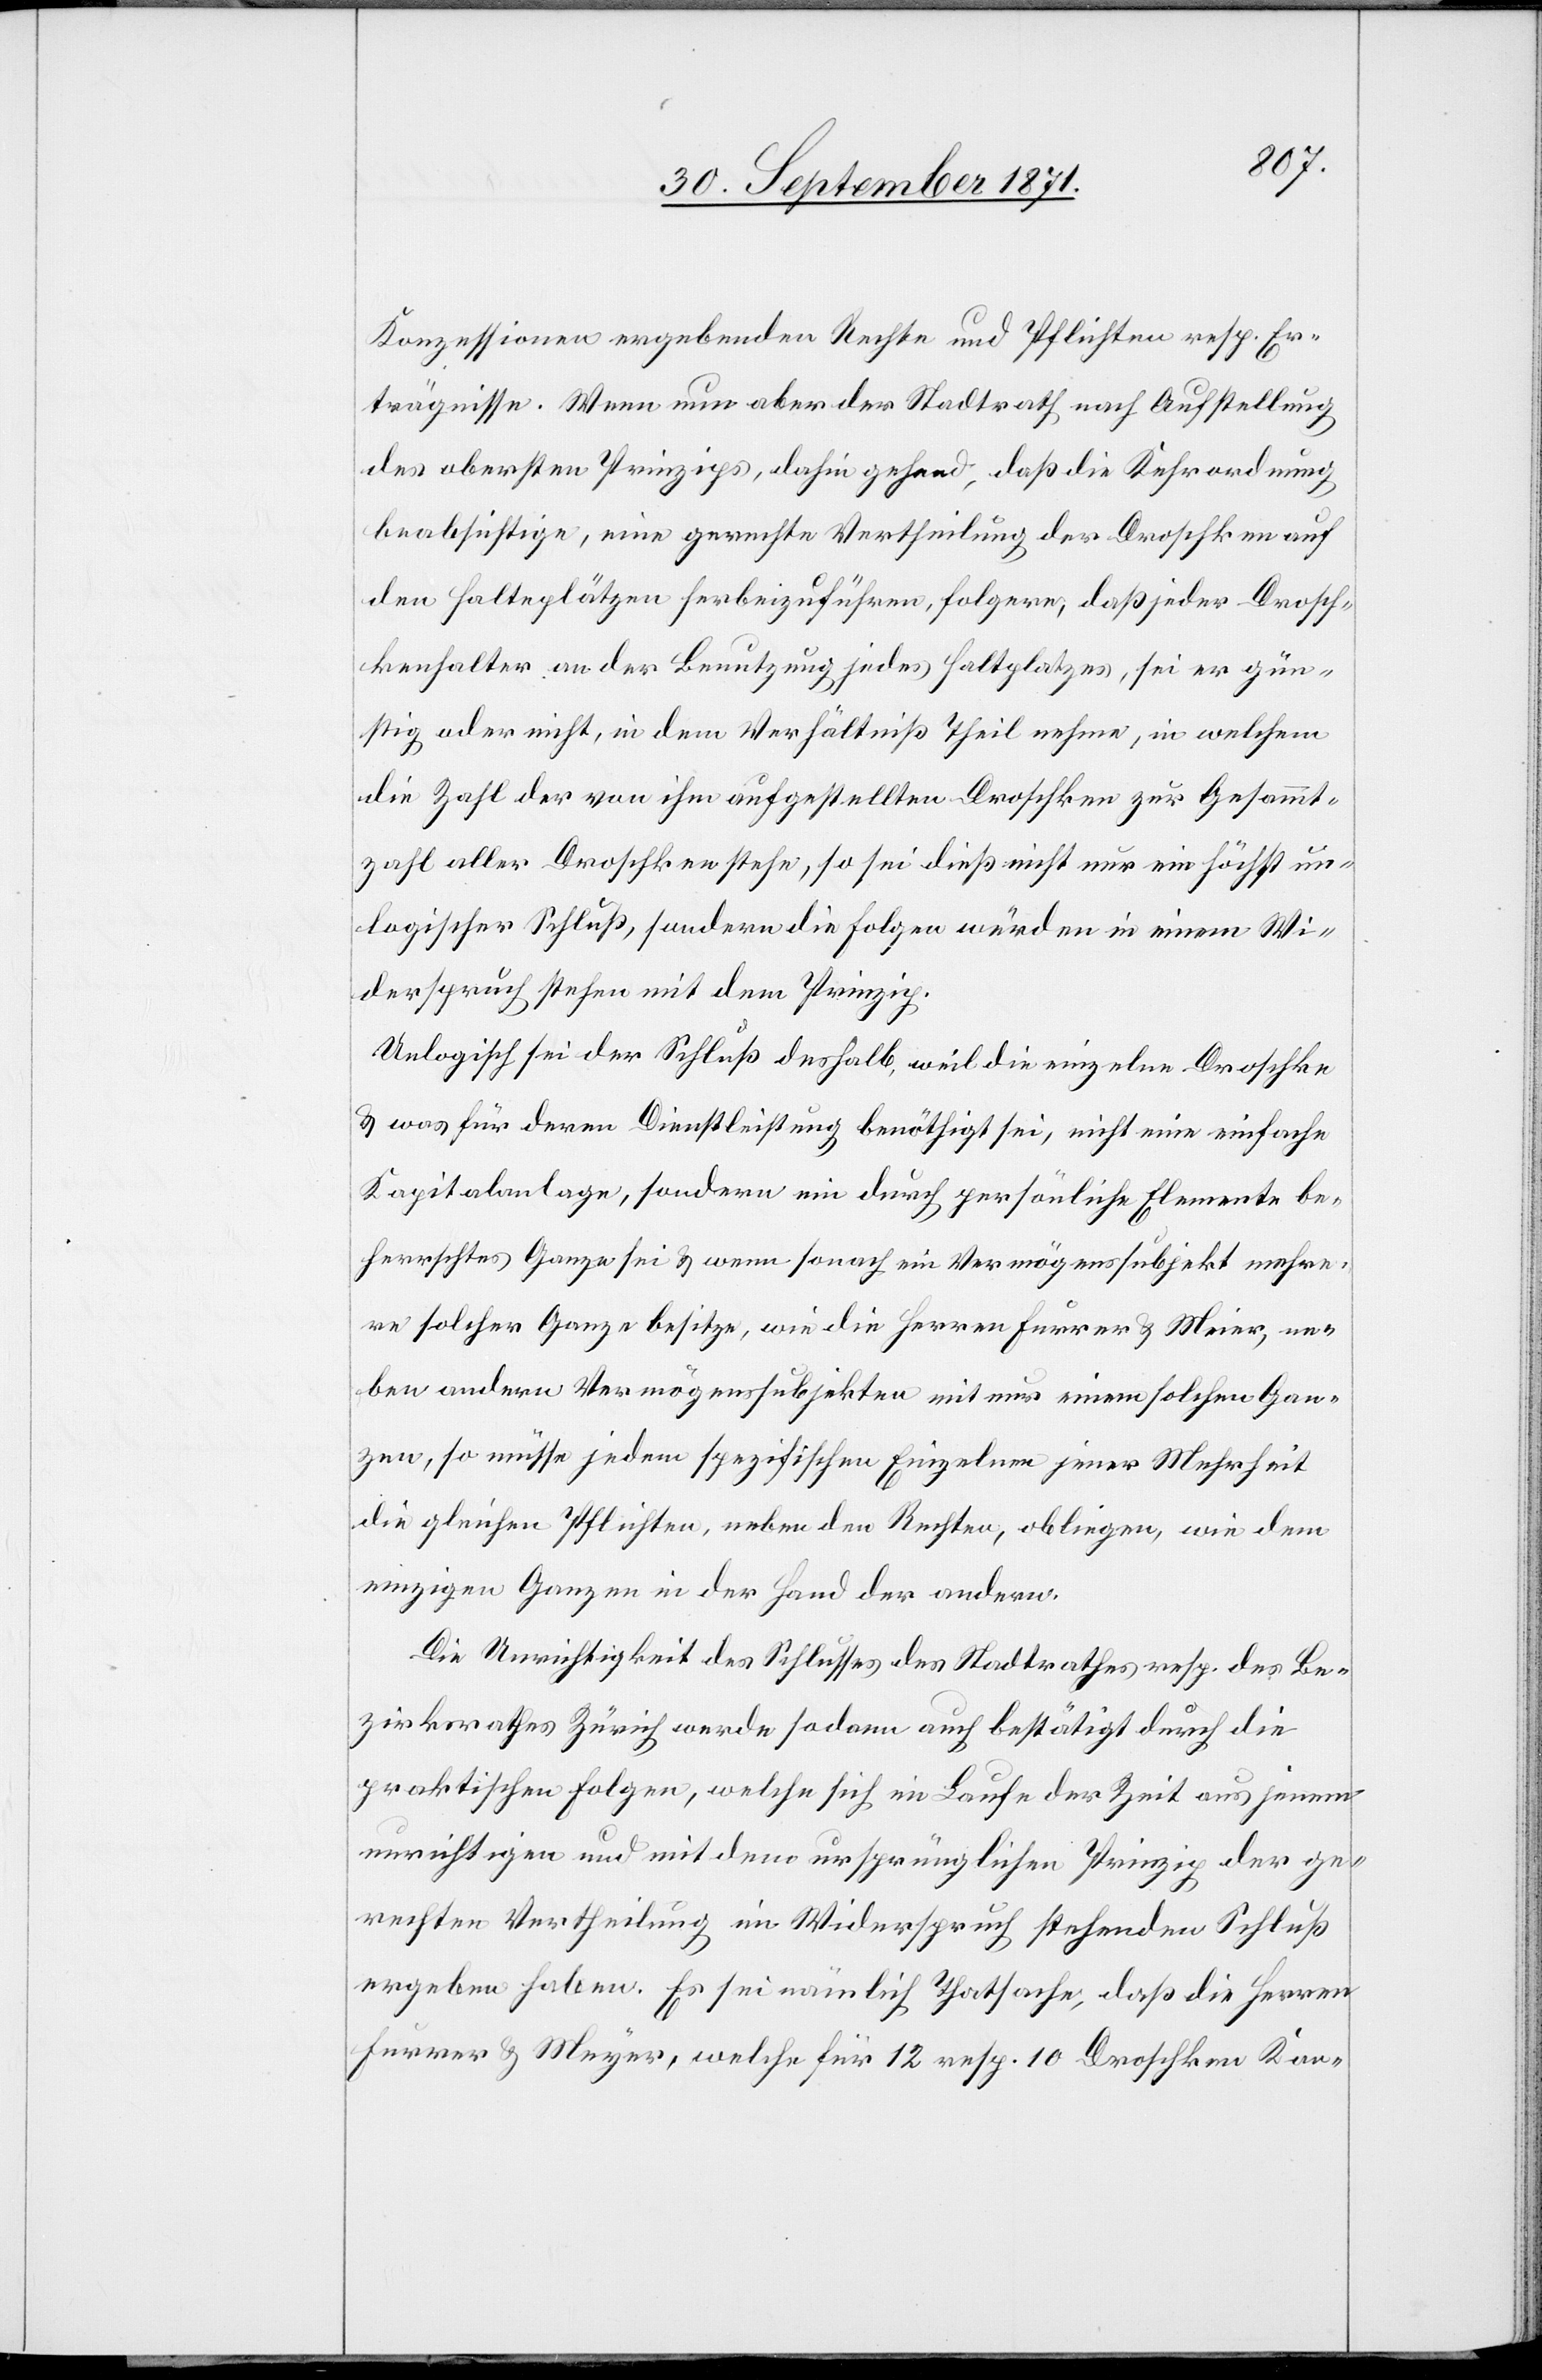
Konzessionen ergebenden Rechte und Pflichten resp. Er¬
trägnisse. Wenn nun aber der Stadtrath nach Aufstellung
des obersten Prinzips, dahin gehend, daß die Kehrordnung
beabsichtige, eine gerechte Vertheilung der Droschken auf
den Halteplätzen herbeizuführen, folgere, daß jeder Drosch¬
kenhalter an der Benutzung jedes Haltplatzes, sei er gün¬
stig oder nicht, in dem Verhältniß Theil nehme, in welchem
die Zahl der von ihm aufgestellten Droschken zur Gesammt¬
zahl aller Droschken stehe, so sei dieß nicht nur ein höchst un¬
logischer Schluß, sondern die Folgen würden in einem Wi¬
derspruch stehen mit dem Prinzip.
Unlogisch sei der Schluß deshalb, weil die einzelne Droschke
& was für deren Dienstleistung benöthigt sei, nicht eine einfache
Kapitalanlage, sondern ein durch persönliche Elemente be¬
herrschtes Ganze[s] sei & wenn sonach ein Vermögenssubjekt mehre¬
re solche Ganze besitze, wie die Herren Furrer & Meier, ne¬
ben andern Vermögenssubjekten mit nur einem solchen Gan¬
zen, so müsse jedem spezifischen Einzelnen jener Mehrheit
die gleichen Pflichten, neben den Rechten, obliegen, wie dem
einzigen Ganzen in der Hand der andern.
Die Unrichtigkeit des Schlusses des Stadtrathes resp. des Be¬
zirksrathes Zürich werde sodann auch bestätigt durch die
praktischen Folgen, welche sich im Laufe der Zeit aus jenem
unrichtigen und mit dem ursprünglichen Prinzip der ge¬
rechten Vertheilung in Widerspruch stehenden Schluß
ergeben haben. Es sei nämlich Thatsache, daß die Herren
Furrer & Meyer, welche für 12 resp. 10 Droschken Kon-